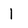
Character: 1